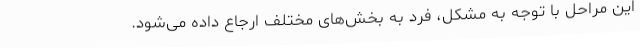
این مراحل با توجه به مشکل، فرد به بخش‌های مختلف ارجاع داده می‌شود.